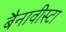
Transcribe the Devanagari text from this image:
बैनावीस्टा